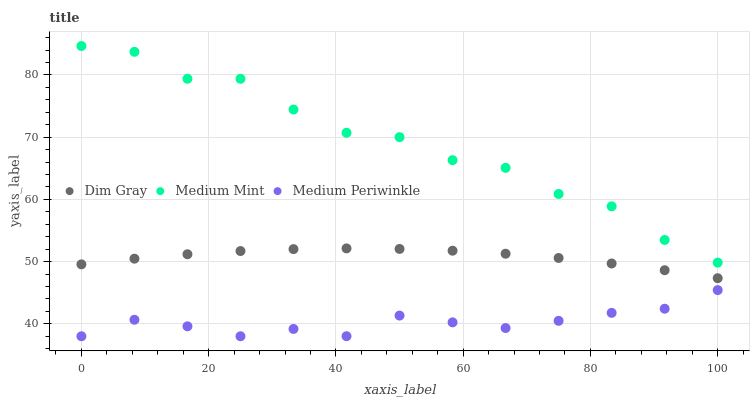
| xaxis_label | Dim Gray | Medium Mint | Medium Periwinkle |
 | --- | --- | --- | --- |
 | 0 | 49.6 | 84.7 | 38 |
 | 8.33 | 50.5 | 83.7 | 40.6 |
 | 16.7 | 51.2 | 79.4 | 39.6 |
 | 25 | 51.7 | 79.4 | 38 |
 | 33.3 | 52 | 74.4 | 39.2 |
 | 41.7 | 52.1 | 70.7 | 38 |
 | 50 | 52 | 70 | 41.3 |
 | 58.3 | 51.8 | 66.3 | 40.2 |
 | 66.7 | 51.3 | 65.1 | 39.3 |
 | 75 | 50.6 | 60.9 | 40.5 |
 | 83.3 | 49.7 | 58.9 | 41.8 |
 | 91.7 | 48.6 | 53.5 | 42.4 |
 | 100 | 47.3 | 49.8 | 45.4 |